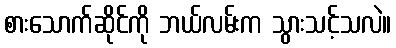
စားသောက်ဆိုင်ကို ဘယ်လမ်းက သွားသင့်သလဲ။